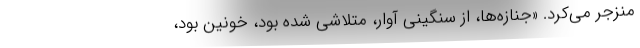
منزجر مي‌كرد. «جنازه‌ها، از سنگيني آوار، متلاشي شده بود، خونين بود،